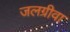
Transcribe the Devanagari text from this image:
जलग्रीवा